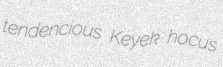
tendencious Keyek hocus